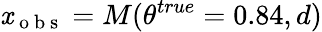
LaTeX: \mathit{x}_{\mathrm{{~o~b~s~}}}=M(\theta^{true}=0.84,d)